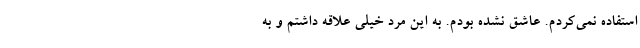
استفاده نمی‌کردم. عاشق نشده بودم. به این مرد خیلی علاقه داشتم و به